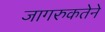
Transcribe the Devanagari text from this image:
जागरुकतेने